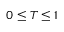
0 \leq T \leq 1